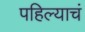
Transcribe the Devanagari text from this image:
पहिल्याचं